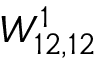
W _ { 1 2 , 1 2 } ^ { 1 }